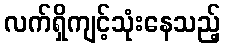
လက်ရှိကျင့်သုံးနေသည့်